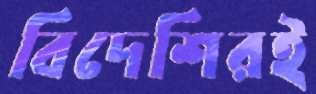
বিদেশিরই